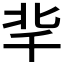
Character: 𠦞